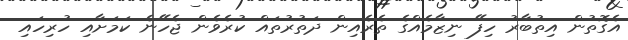
އެގޮތުން އިތުބާރު ހިފޭ ނިޒާމެއްގެ ތެރެއިން ދަތުރުތައް ކުރެވެން ޖެހޭނެ ކަމަށާއި ހުރިހައި